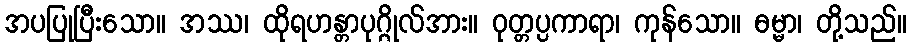
အပပြုပြီးသော။ အဿ၊ ထိုရဟန္တာပုဂ္ဂိုလ်အား။ ဝုတ္တပ္ပကာရာ၊ ကုန်သော။ ဓမ္မာ၊ တို့သည်။